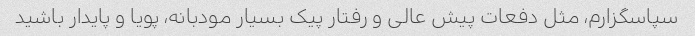
سپاسگزارم‌، مثل دفعات پیش عالی و رفتار پیک بسیار مودبانه، پویا و پایدار باشید